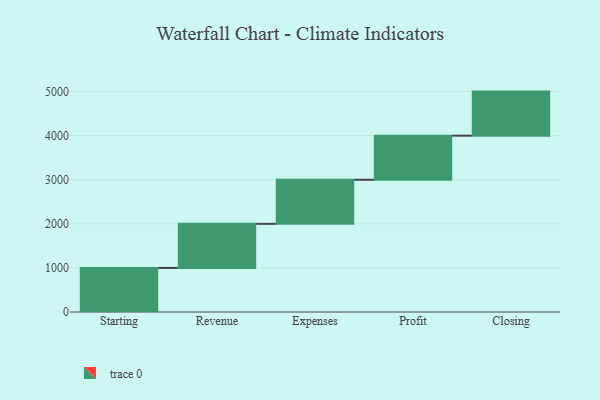
{"axis": {"x": "Step", "y": "Value"}, "legend": [""], "data": [{"x": "Starting", "y": 1000, "type": ""}, {"x": "Revenue", "y": 1000, "type": ""}, {"x": "Expenses", "y": 1000, "type": ""}, {"x": "Profit", "y": 1000, "type": ""}, {"x": "Closing", "y": 1000, "type": ""}]}